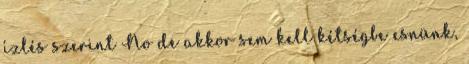
ízlés szerint No de akkor sem kell kétségbe esnünk,